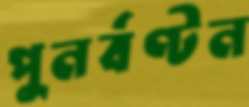
পুনর্বণ্টন